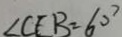
\angle C E B = 6 0 ^ { \circ }